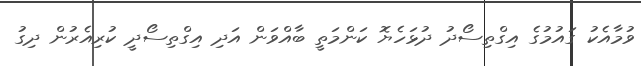
ވުމާއެކު ގައުމުގެ އިގްތިސޯދު ދުޅަހެޔޮ ކަންމަތީ ބާއްވަން އަދި އިގްތިސޯދީ ކުރިއެރުން ދިގު